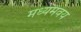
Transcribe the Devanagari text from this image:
मध्यमवय